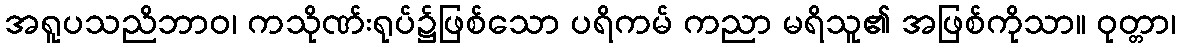
အရူပသညိဘာဝ၊ ကသိုဏ်းရုပ်၌ဖြစ်သော ပရိကမ် ကညာ မရိသူ၏ အဖြစ်ကိုသာ။ ဝုတ္တာ၊